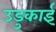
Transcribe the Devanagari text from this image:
उडुकाई